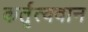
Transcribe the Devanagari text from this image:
कर्तृत्‍ववान